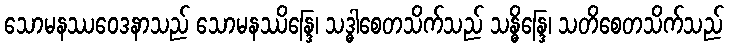
သောမနဿဝေဒနာသည် သောမနဿိန္ဒြေ၊ သဒ္ဓါစေတသိက်သည် သန္ဓိန္ဒြေ၊ သတိစေတသိက်သည်